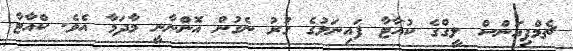
ޗެމްޕިއަންސް ލީގްގެ ކުއާޓާ ފައިނަލުގެ ގުރު ނެގުން އޮންނާނީ މާދަމާ އެވެ. ކްއާޓާ